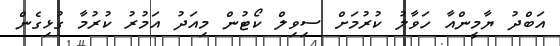
އަބްދު ޔާމީންއާ ހަވާލު ކުރުމަށް ސިވިލް ކޯޓުން މިއަދު އަމުރު ކުރުމާ ގުޅިގެން